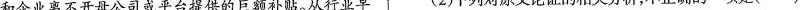
和企业离不开母公司或平台提供的巨额补贴。从行业早 (2)下列对原文论证的相关分析，不正确的一项是( )